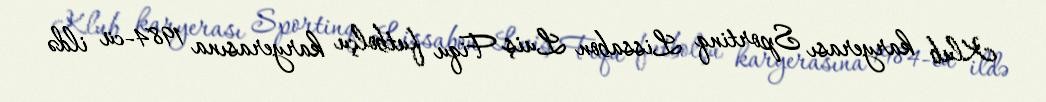
Klub karyerası Sportinq Lissabon Luiş Fiqu futbolçu karyerasına 1984-cü ildə